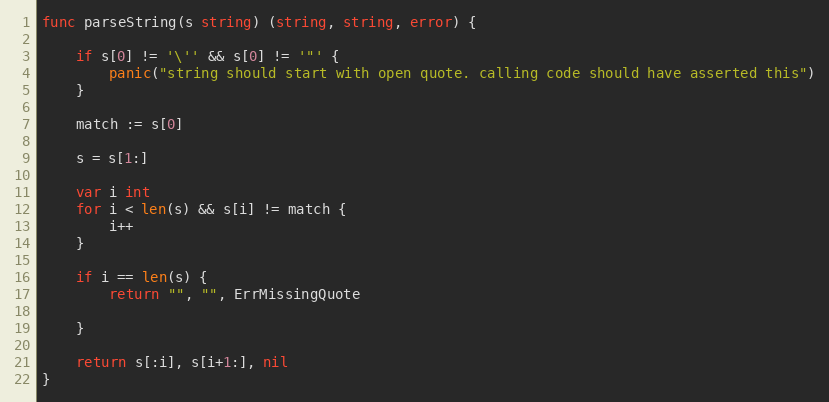
Language: Go
func parseString(s string) (string, string, error) {

	if s[0] != '\'' && s[0] != '"' {
		panic("string should start with open quote. calling code should have asserted this")
	}

	match := s[0]

	s = s[1:]

	var i int
	for i < len(s) && s[i] != match {
		i++
	}

	if i == len(s) {
		return "", "", ErrMissingQuote

	}

	return s[:i], s[i+1:], nil
}